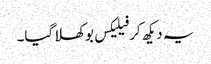
یہ دیکھ کر فیلیکس بوکھلا گیا۔